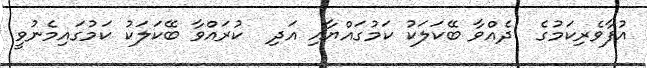
އުފާވެރިކަމުގެ  ދެއްވާ ބޭކަލަކު ކަމުގައްޔާއި އަދި  ކުރައްވާ ބޭކަލަކު ކަމުގައިމެނުވީ